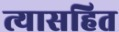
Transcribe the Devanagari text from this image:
त्यासहित